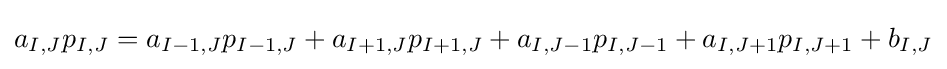
a_{I,J}p_{I,J}=a_{I-1,J}p_{I-1,J}+a_{I+1,J}p_{I+1,J}+a_{I,J-1}p_{I,J-1}+a_{I,J+1}p_{I,J+1}+b_{I,J}